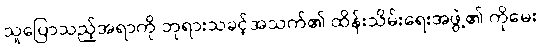
သူပြောသည့်အရာကို ဘုရားသခင့်အသက်၏ ထိန်းသိမ်းရေးအဖွဲ့၏ ကိုမေး